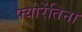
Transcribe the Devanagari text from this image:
फ्योरेंतिना